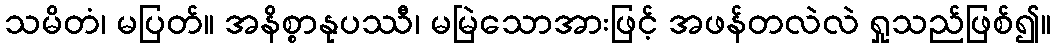
သမိတံ၊ မပြတ်။ အနိစ္စာနုပဿီ၊ မမြဲသောအားဖြင့် အဖန်တလဲလဲ ရှုသည်ဖြစ်၍။